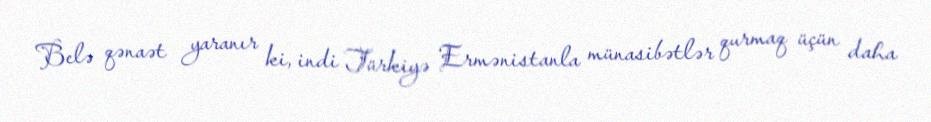
Belə qənaət yaranır ki, indi Türkiyə Ermənistanla münasibətlər qurmaq üçün daha